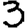
Digit: 3